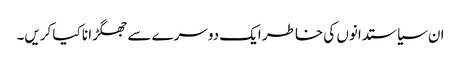
ان سیاستدانوں کی خاطر ایک دوسرے سے جھگڑا نا کیا کریں۔